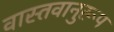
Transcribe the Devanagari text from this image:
वास्तवानुरूप